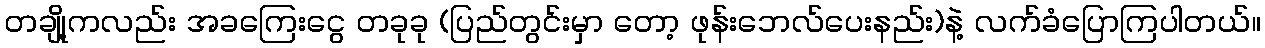
တချို့ကလည်း အခကြေးငွေ တခုခု (ပြည်တွင်းမှာ တော့ ဖုန်းဘေလ်ပေးနည်း)နဲ့ လက်ခံပြောကြပါတယ်။